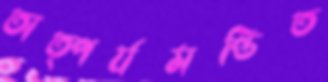
তাত্পর্যমণ্ডিত